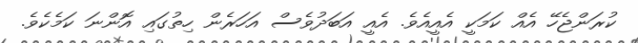
ކުރަންޖެހޭ އެއް ކަމަކީ އެއީއެވެ. އެއީ އަބަދުވެސް އަހަރެން ހިތުގައި އޮންނަ ކަމެކެވެ.